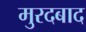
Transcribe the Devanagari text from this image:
मुरदबाद